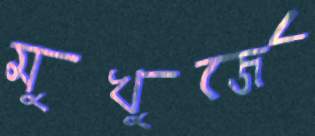
মুখুর্জে